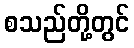
စသည်တို့တွင်